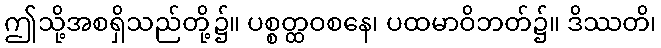
ဤသို့အစရှိသည်တို့၌။ ပစ္စတ္ထဝစနေ၊ ပထမာဝိဘတ်၌။ ဒိဿတိ၊